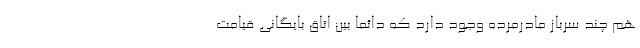
هم چند سرباز مادرمرده وجود دارد که دائماً بین اتاقِ بایگانیِ قیامت